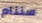
سننام